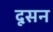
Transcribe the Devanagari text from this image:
दूसन